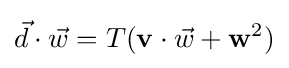
{\vec {d}}\cdot {\vec {w}}=T(\mathbf {v} \cdot {\vec {w}}+\mathbf {w} ^{2})